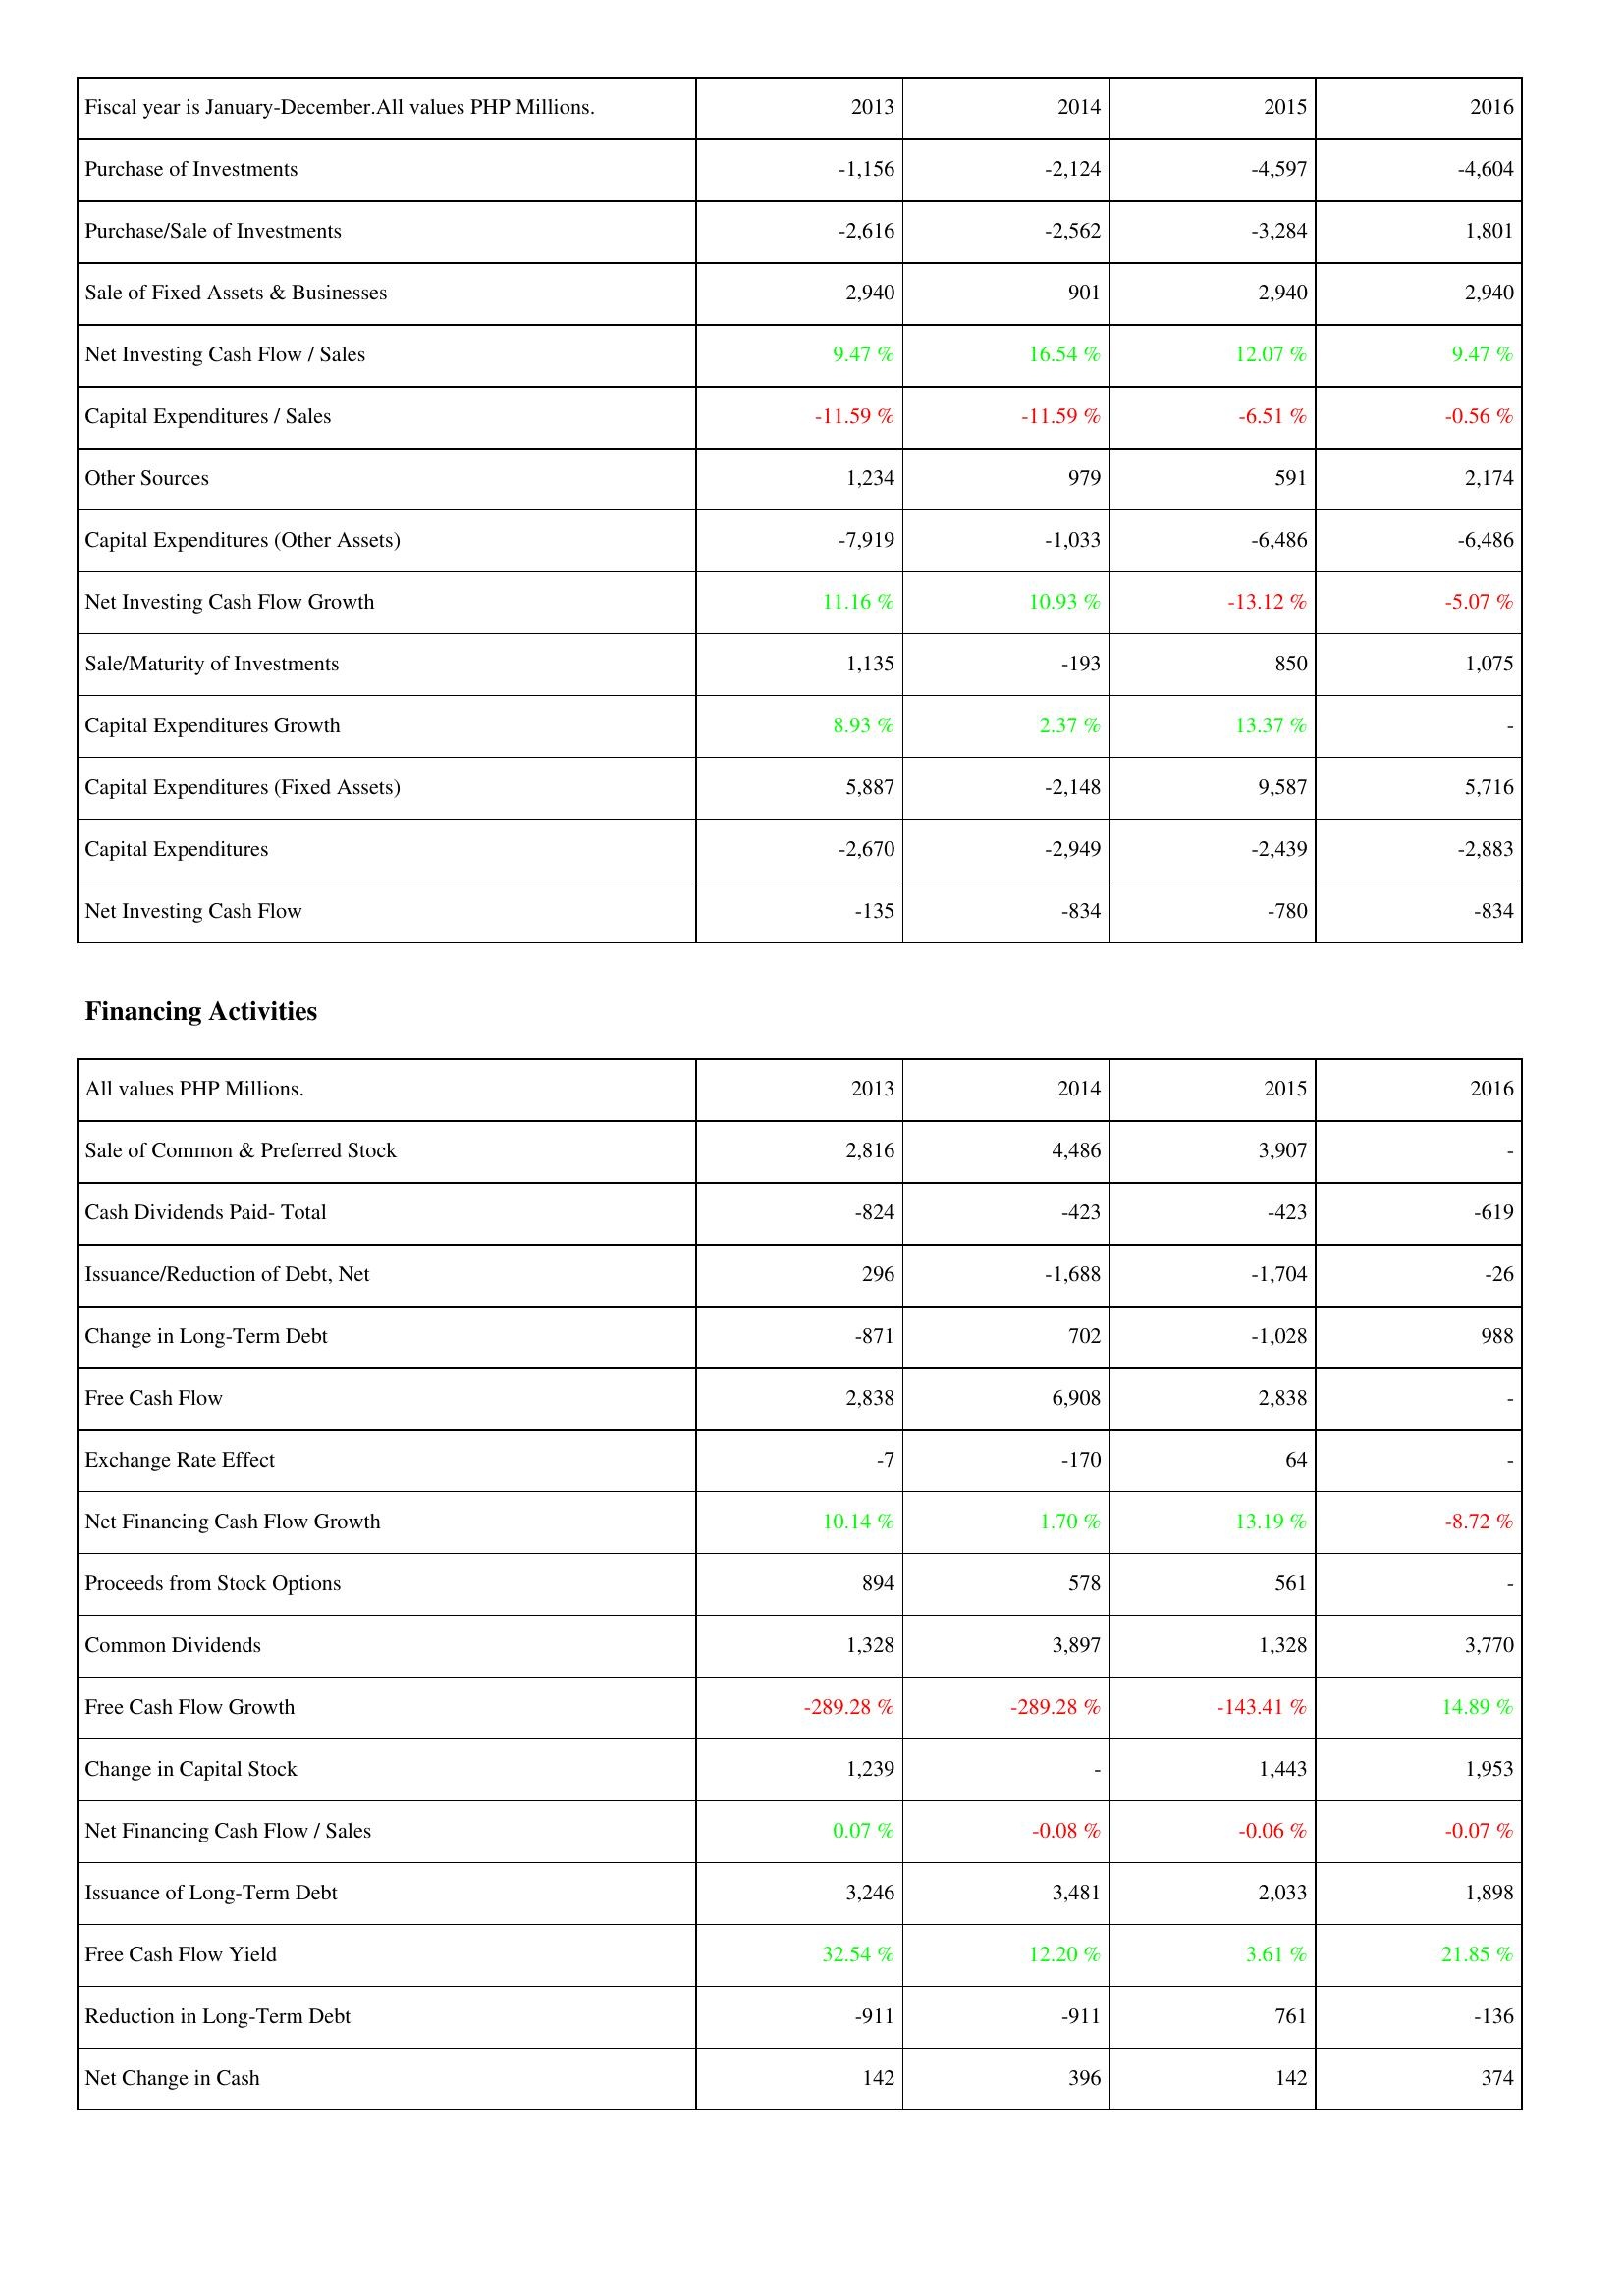
2013: Investing Activities: Purchase of Investments: -1,156
Purchase/Sale of Investments: -2,616
Sale of Fixed Assets & Businesses: 2,940
Net Investing Cash Flow / Sales: 9.47 %
Capital Expenditures / Sales: -11.59 %
Other Sources: 1,234
Capital Expenditures (Other Assets): -7,919
Net Investing Cash Flow Growth: 11.16 %
Sale/Maturity of Investments: 1,135
Capital Expenditures Growth: 8.93 %
Capital Expenditures (Fixed Assets): 5,887
Capital Expenditures: -2,670
Net Investing Cash Flow: -135
Financing Activities: Sale of Common & Preferred Stock: 2,816
Cash Dividends Paid- Total: -824
Issuance/Reduction of Debt, Net: 296
Change in Long-Term Debt: -871
Free Cash Flow: 2,838
Exchange Rate Effect: -7
Net Financing Cash Flow Growth: 10.14 %
Proceeds from Stock Options: 894
Common Dividends: 1,328
Free Cash Flow Growth: -289.28 %
Change in Capital Stock: 1,239
Net Financing Cash Flow / Sales: 0.07 %
Issuance of Long-Term Debt: 3,246
Free Cash Flow Yield: 32.54 %
Reduction in Long-Term Debt: -911
Net Change in Cash: 142
2014: Investing Activities: Purchase of Investments: -2,124
Purchase/Sale of Investments: -2,562
Sale of Fixed Assets & Businesses: 901
Net Investing Cash Flow / Sales: 16.54 %
Capital Expenditures / Sales: -11.59 %
Other Sources: 979
Capital Expenditures (Other Assets): -1,033
Net Investing Cash Flow Growth: 10.93 %
Sale/Maturity of Investments: -193
Capital Expenditures Growth: 2.37 %
Capital Expenditures (Fixed Assets): -2,148
Capital Expenditures: -2,949
Net Investing Cash Flow: -834
Financing Activities: Sale of Common & Preferred Stock: 4,486
Cash Dividends Paid- Total: -423
Issuance/Reduction of Debt, Net: -1,688
Change in Long-Term Debt: 702
Free Cash Flow: 6,908
Exchange Rate Effect: -170
Net Financing Cash Flow Growth: 1.70 %
Proceeds from Stock Options: 578
Common Dividends: 3,897
Free Cash Flow Growth: -289.28 %
Change in Capital Stock: -
Net Financing Cash Flow / Sales: -0.08 %
Issuance of Long-Term Debt: 3,481
Free Cash Flow Yield: 12.20 %
Reduction in Long-Term Debt: -911
Net Change in Cash: 396
2015: Investing Activities: Purchase of Investments: -4,597
Purchase/Sale of Investments: -3,284
Sale of Fixed Assets & Businesses: 2,940
Net Investing Cash Flow / Sales: 12.07 %
Capital Expenditures / Sales: -6.51 %
Other Sources: 591
Capital Expenditures (Other Assets): -6,486
Net Investing Cash Flow Growth: -13.12 %
Sale/Maturity of Investments: 850
Capital Expenditures Growth: 13.37 %
Capital Expenditures (Fixed Assets): 9,587
Capital Expenditures: -2,439
Net Investing Cash Flow: -780
Financing Activities: Sale of Common & Preferred Stock: 3,907
Cash Dividends Paid- Total: -423
Issuance/Reduction of Debt, Net: -1,704
Change in Long-Term Debt: -1,028
Free Cash Flow: 2,838
Exchange Rate Effect: 64
Net Financing Cash Flow Growth: 13.19 %
Proceeds from Stock Options: 561
Common Dividends: 1,328
Free Cash Flow Growth: -143.41 %
Change in Capital Stock: 1,443
Net Financing Cash Flow / Sales: -0.06 %
Issuance of Long-Term Debt: 2,033
Free Cash Flow Yield: 3.61 %
Reduction in Long-Term Debt: 761
Net Change in Cash: 142
2016: Investing Activities: Purchase of Investments: -4,604
Purchase/Sale of Investments: 1,801
Sale of Fixed Assets & Businesses: 2,940
Net Investing Cash Flow / Sales: 9.47 %
Capital Expenditures / Sales: -0.56 %
Other Sources: 2,174
Capital Expenditures (Other Assets): -6,486
Net Investing Cash Flow Growth: -5.07 %
Sale/Maturity of Investments: 1,075
Capital Expenditures Growth: -
Capital Expenditures (Fixed Assets): 5,716
Capital Expenditures: -2,883
Net Investing Cash Flow: -834
Financing Activities: Sale of Common & Preferred Stock: -
Cash Dividends Paid- Total: -619
Issuance/Reduction of Debt, Net: -26
Change in Long-Term Debt: 988
Free Cash Flow: -
Exchange Rate Effect: -
Net Financing Cash Flow Growth: -8.72 %
Proceeds from Stock Options: -
Common Dividends: 3,770
Free Cash Flow Growth: 14.89 %
Change in Capital Stock: 1,953
Net Financing Cash Flow / Sales: -0.07 %
Issuance of Long-Term Debt: 1,898
Free Cash Flow Yield: 21.85 %
Reduction in Long-Term Debt: -136
Net Change in Cash: 374